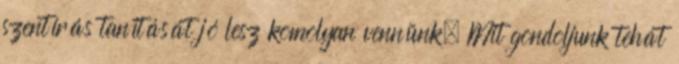
szentírás tanítását jó lesz komolyan vennünk. Mit gondoljunk tehát